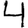
Digit: 4